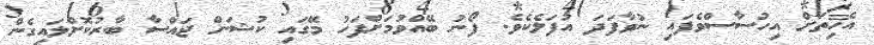
އެހިތަށް އިހުސާސްވެފައި ނުވާފަދަ އުފަލެކެވެ. ފޯނު ބޭއްވުމަށްފަހު މޭގައި ކުޝަން ޖައްސާ ބާރުކޮށްލައިގެން